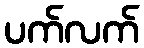
ပက်လက်